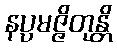
နပ္ပမဇ္ဇိတုန္တိ